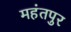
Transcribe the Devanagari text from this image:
महंतपुर